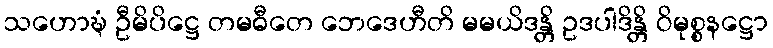
သဟောဍ္ဎံ ဦမိပိဋ္ဌေ တမဓီတေ ဘေဒေဟီတိ မမယိဒန္တိ ဥဒပါဒိန္တိ ဝိမုစ္စနဋ္ဌော